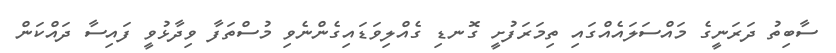
ސާބިތު ދަރަނީގެ މައްސަލައެއްގައި ތިމަރަފުށީ ގޮނޑި ގެއްލިވަޑައިގެންނެވި މުސްތަފާ ވިދާޅުވީ ފައިސާ ދައްކަން